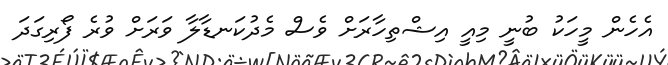
އެހެން މީހަކު ބުނީ މިއީ އިޝްތިހާރަށް ވެސް މެދުކަނޑާލާ ވަރަށް ވުރެ ފޯރިގަދަ